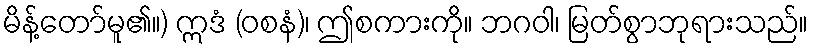
မိန့်တော်မူ၏။) ဣဒံ (ဝစနံ)၊ ဤစကားကို။ ဘဂဝါ၊ မြတ်စွာဘုရားသည်။